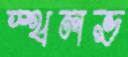
স্থলভ